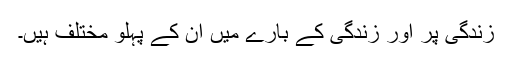
زندگی پر اور زندگی کے بارے میں ان کے پہلو مختلف ہیں۔